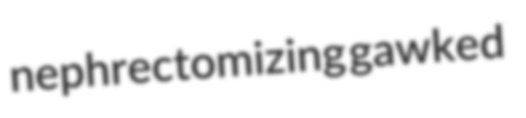
nephrectomizing gawked